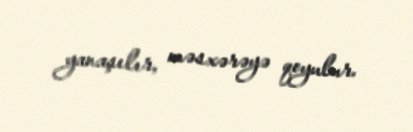
yanaşılır, məsxərəyə qoyulur.